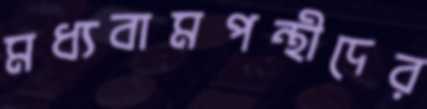
মধ্যবামপন্থীদের